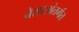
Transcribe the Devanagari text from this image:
बेरारअंतर्गत